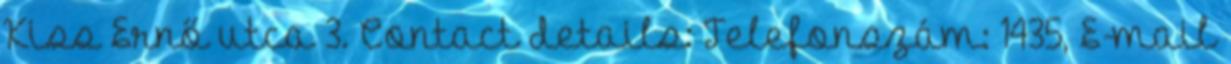
Kiss Ernő utca 3. Contact details: Telefonszám: 1435, E-mail